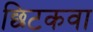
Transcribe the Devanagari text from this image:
छिटकवा